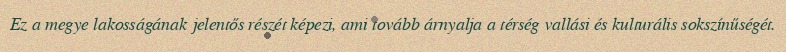
Ez a megye lakosságának jelentős részét képezi, ami tovább árnyalja a térség vallási és kulturális sokszínűségét.